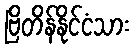
ဗြိတိန်နိုင်ငံသား